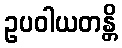
ဥပဝါယတန္တိ